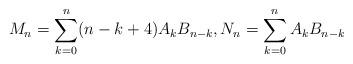
LaTeX: \begin{align*}M_n=\sum_{k=0}^n (n-k+4)A_kB_{n-k},N_n=\sum_{k=0}^n A_kB_{n-k}\end{align*}